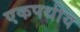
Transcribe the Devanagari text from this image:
एकपथीय